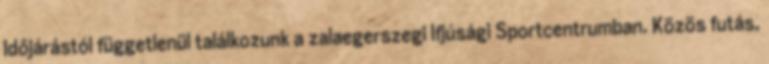
Időjárástól függetlenül találkozunk a zalaegerszegi Ifjúsági Sportcentrumban. Közös futás,